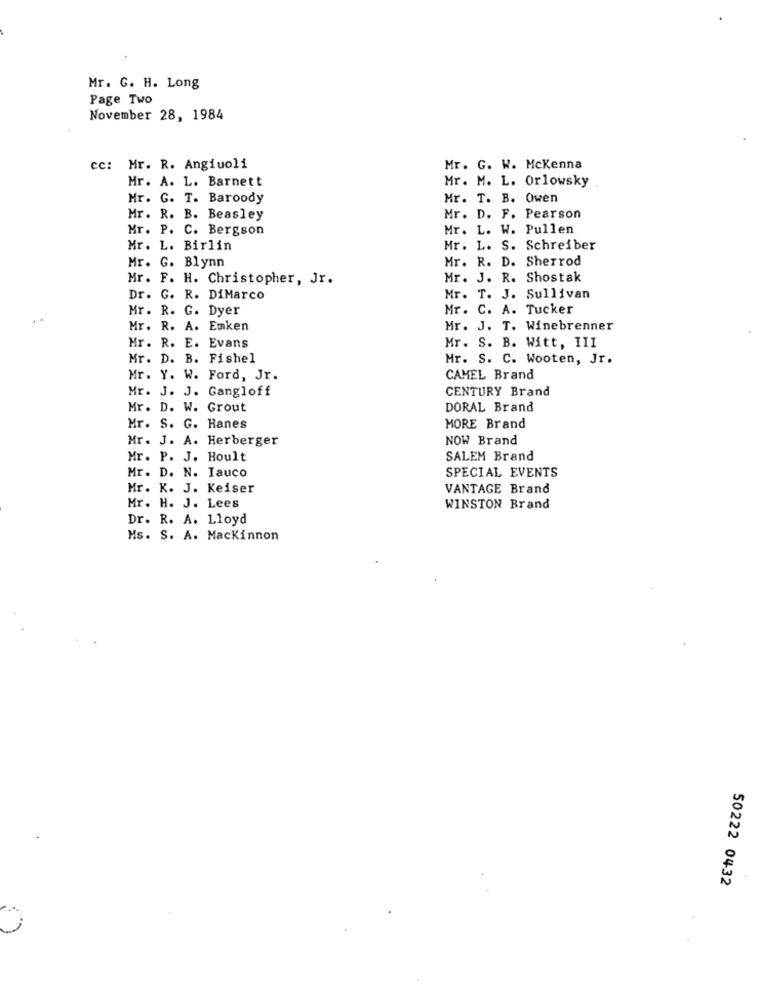
Mr. G. H. Long
Page Two
November 28, 1984
cc: Mr. R. Angiuoli
Mr. G. W. Mckenna
Mr. A. L. Barnett
Mr. M. L. Orlowsky
Mr. G. T. Baroody
Mr. T. B. Owen
Mr. R. B. Beasley
Mr. D. F. Pearson
Mr. P. C. Bergson
Mr. L. W. Pullen
Mr. L. Birlin
Mr. L. S. Schreiber
Mr. G. Blynn
Mr. R. D. Sherrod
Mr. F. H. Christopher, Jr.
Mr. J. R. Shostak
Dr. G. R. DiMarco
Mr. T. J. Sullivan
Mr. R. G. Dyer
Mr. C. A. Tucker
Mr. R. A. Emken
Mr. J. T. Winebrenner
Mr. S. B. Witt, III
Mr. R. E. Evans
Mr. D. B. Fishel
Mr. S. C. Wooten, Jr.
Mr. Y. W. Ford, Jr.
CAMEL Brand
Mr. J. J. Gangloff
CENTURY Brand
Mr. D. W. Grout
DORAL Brand
Mr. S. G. Hanes
MORE Brand
Mr. J. A. Herberger
NOW Brand
Mr. P. J. Hoult
SALEM Brand
SPECIAL EVENTS
Mr. D. N. Iauco
Mr. K. J. Keiser
VANTAGE Brand
Mr. H. J. Lees
WINSTON Brand
Dr. R. A. Lloyd
Ms. S. A. Mackinnon
50222 0432